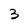
Character: 3